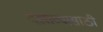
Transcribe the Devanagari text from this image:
देखाव्यासाठी